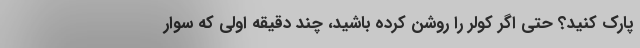
پارک کنید؟ حتی اگر کولر را روشن کرده باشید، چند دقیقه اولی که سوار